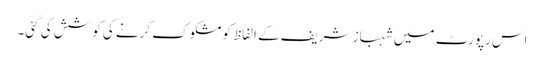
اس رپورٹ میں شہباز شریف کے الفاظ کو مشکوک کرنے کی کوشش کی گئی۔